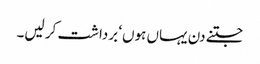
جتنے دن یہاں ہوں‘ برداشت کر لیں۔